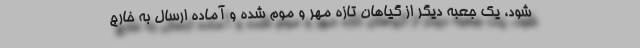
شود، یک جعبه دیگر از گیاهان تازه مهر و موم شده و آماده ارسال به خارج